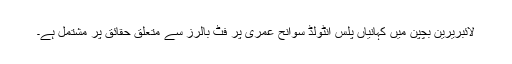
لائبریرین بچپن میں کہانیاں پلس انٹولڈ سوانح عمری پر فٹ بالرز سے متعلق حقائق پر مشتمل ہے۔